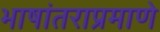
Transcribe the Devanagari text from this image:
भाषांतराप्रमाणे